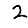
Digit: 2